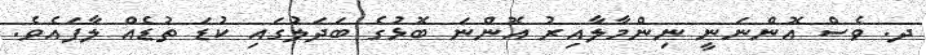
ދ. ވެސް އޮންނަނީ ނިންމާލާއިރު އޮންނަ ބޮޅުގެ ބަދަލުގައި ކުޑަ ތުޑެއް ލާފައެވެ.